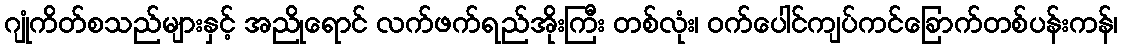
ဂျုံကိတ်စသည်များနှင့် အညိုရောင် လက်ဖက်ရည်အိုးကြီး တစ်လုံး၊ ဝက်ပေါင်ကျပ်ကင်ခြောက်တစ်ပန်းကန်၊